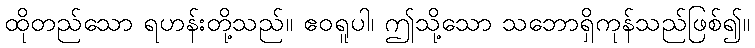
ထိုတည်သော ရဟန်းတို့သည်။ ဧဝရူပါ၊ ဤသို့သော သဘောရှိကုန်သည်ဖြစ်၍။